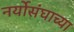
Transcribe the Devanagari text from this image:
नर्योसंघाच्या